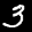
Label: 3